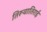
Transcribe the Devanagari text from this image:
तिरूवातिराई